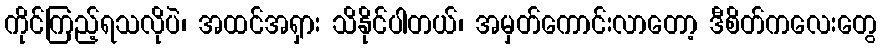
ကိုင်ကြည့်ရသလိုပဲ၊ အထင်အရှား သိနိုင်ပါတယ်၊ အမှတ်ကောင်းလာတော့ ဒီစိတ်ကလေးတွေ